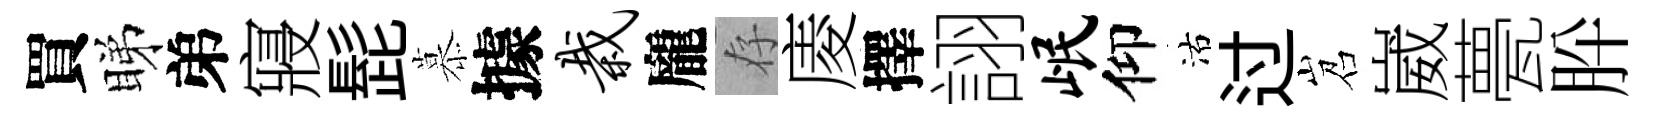
買睇弟寢髭慕據栽龐存庱擇詡岷仰沽过岧崴甍肸